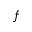
f